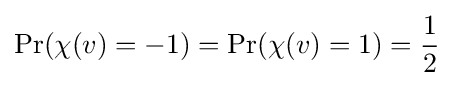
\Pr(\chi (v)=-1)=\Pr(\chi (v)=1)={\frac {1}{2}}